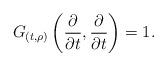
LaTeX: \begin{align*} G_{(t,\rho)}\left(\frac{\partial}{\partial t},\frac{\partial}{\partial t}\right) = 1. \end{align*}